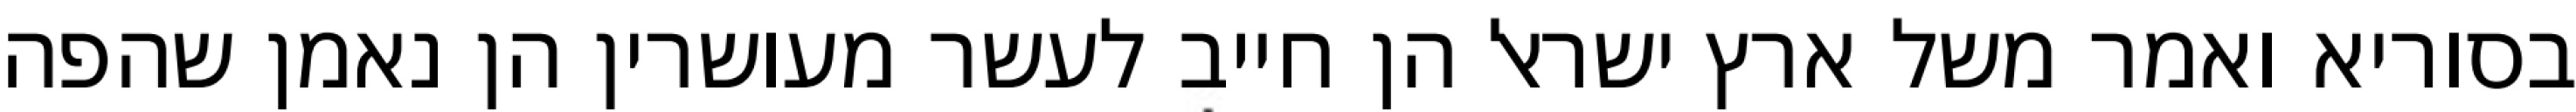
בסוריא ואמר משל ארץ ישראל הן חייב לעשר מעושרין הן נאמן שהפה